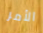
الأمر